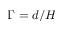
\Gamma = d / H